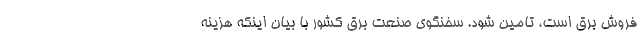
فروش برق است، تامین شود. سخنگوی صنعت برق کشور با بیان اینکه هزینه